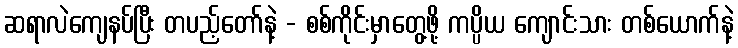
ဆရာလဲကျေနပ်ပြီး တပည့်တော်နဲ့ - စစ်ကိုင်းမှာတွေ့ဖို့ ကပ္ပိယ ကျောင်းသား တစ်ယောက်နဲ့